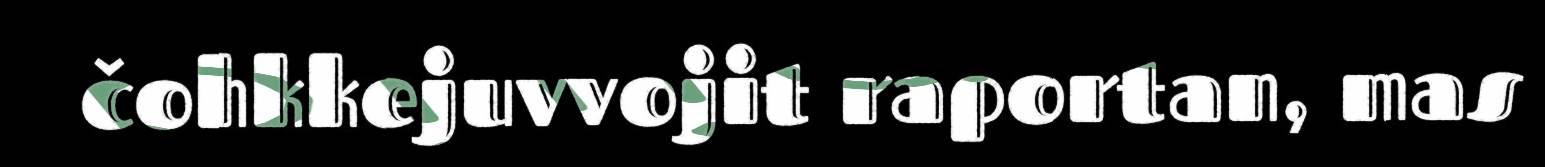
čohkkejuvvojit raportan, mas